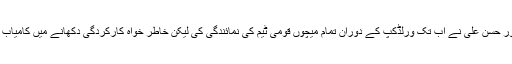
شعیب ملک اور حسن علی نے اب تک ورلڈکپ کے دوران تمام میچوں قومی ٹیم کی نمائندگی کی لیکن خاطر خواہ کارکردگی دکھانے میں کامیاب نہیں ہوسکے۔